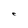
Character: C